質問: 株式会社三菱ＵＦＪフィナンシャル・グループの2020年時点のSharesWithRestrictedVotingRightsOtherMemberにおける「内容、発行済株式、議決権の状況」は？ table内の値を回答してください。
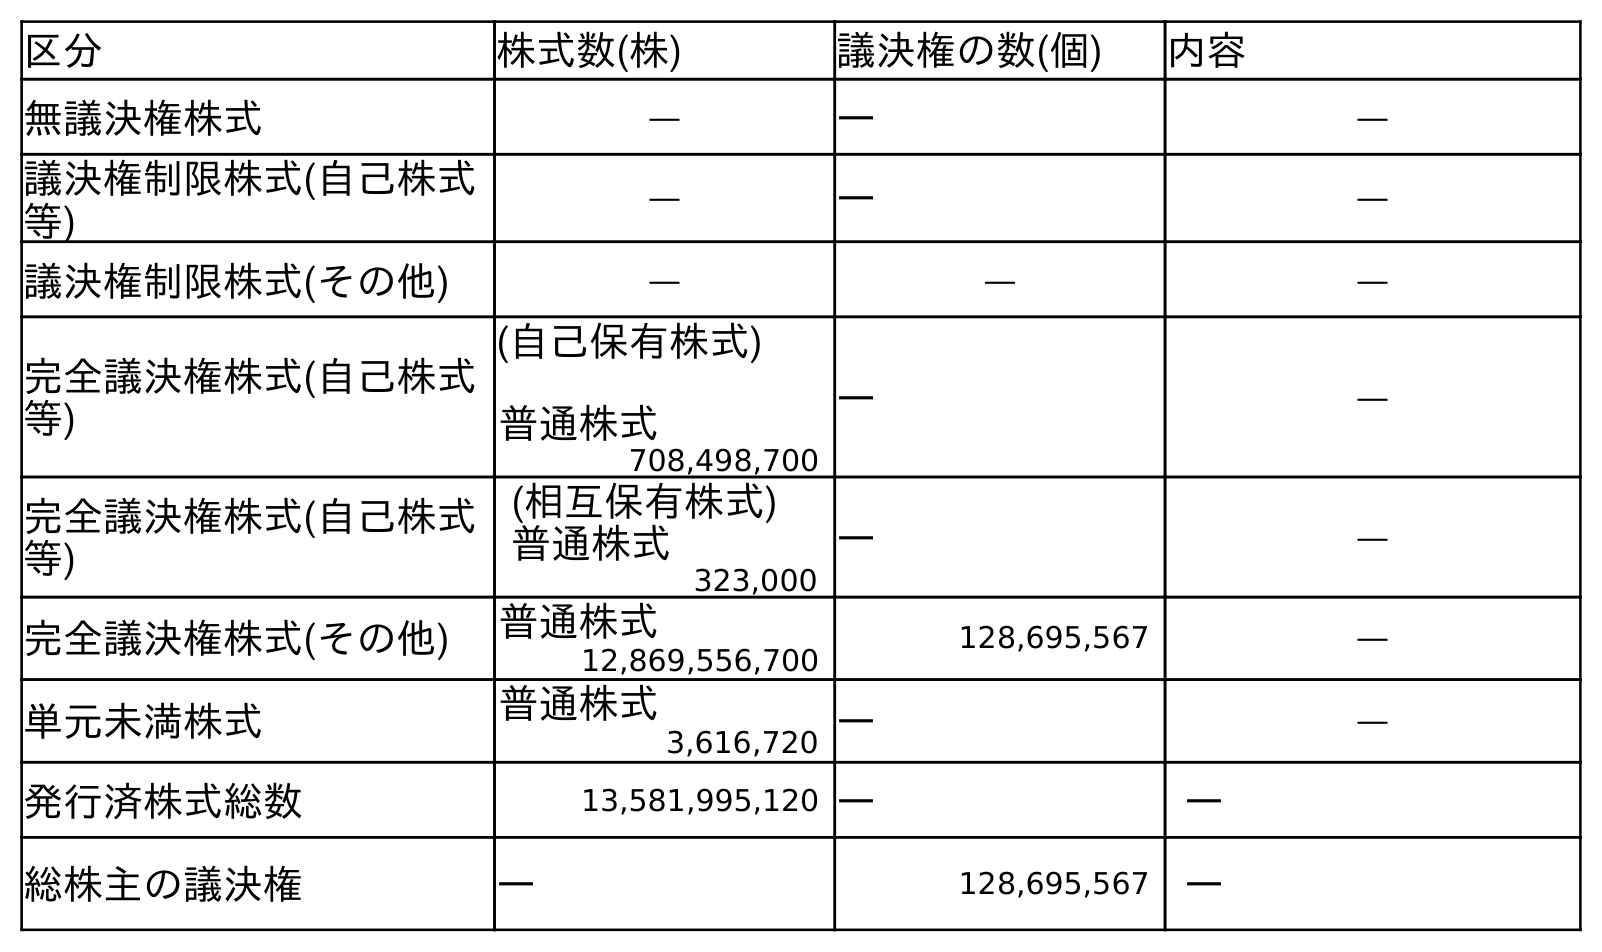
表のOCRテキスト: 区分 株式数(株) 議決権の数(個) 内容 無議決権株式 ― ― ― 議決権制限株式(自己株式 等) ― ― ― 議決権制限株式(その他) ― ― ― 完全議決権株式(自己株式 等) (自己保有株式) 普通株式 ― ― 708,498,700 完全議決権株式(自己株式 等) (相互保有株式) 普通株式 ― ― 323,000 完全議決権株式(その他) 普通株式 128,695,567 ― 12,869,556,700 単元未満株式 普通株式 ― ― 3,616,720 発行済株式総数 13,581,995,120 ― ― 総株主の議決権 ― 128,695,567 ―
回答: ―